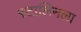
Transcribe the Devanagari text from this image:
स्टालिनला